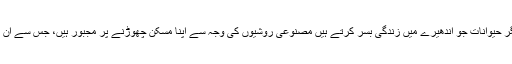
چمگادڑ، الّو، مینڈک اور دیگر حیوانات جو اندھیرے میں زندگی بسر کرتے ہیں مصنوعی روشیوں کی وجہ سے اپنا مسکن چھوڑنے پر مجبور ہیں، جس سے ان کی حیات تنوع کا شکار ہے۔